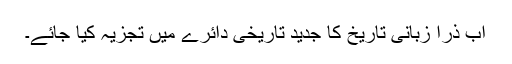
اب ذرا زبانی تاریخ کا جدید تاریخی دائرے میں تجزیہ کیا جائے۔